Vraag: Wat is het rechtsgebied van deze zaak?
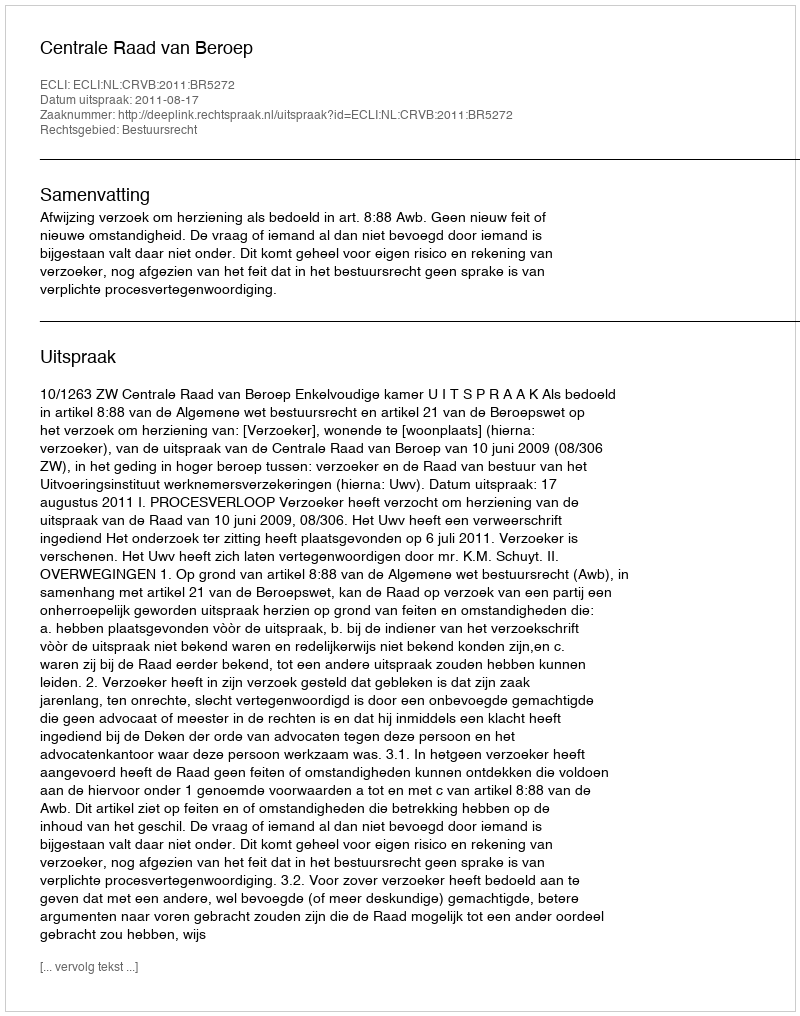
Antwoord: Bestuursrecht